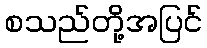
စသည်တို့အပြင်